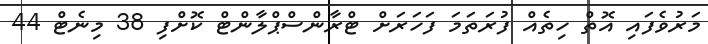
މަރުވެފައި އޮތް ހިތެއް ފުރަތަމަ ފަހަރަށް ޓްރާންސްޕްލާންޓް ކޮށްފި 38 މިނެޓް 44